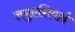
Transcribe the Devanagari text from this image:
लघुएशियाई